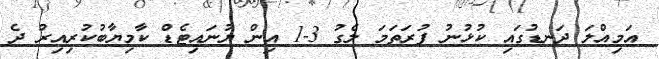
އަމިއްލަ ދަނޑުގައި ކުޅުނު ފުރަތަމަ ލެގު 3-1 އިން ޔުނައިޓެޑް ކާމިޔާބުކުރިއިރު ދެ